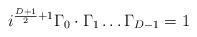
LaTeX: \begin{align*}i^{\frac{D+1}{2}+1}\Gamma_0\cdot\Gamma_1\ldots\Gamma_{D-1}=1\end{align*}